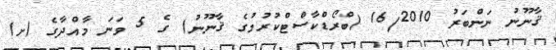
ޤާނޫނު ނަންބަރު 16/2010 (ބްރޯޑްކާސްޓްކުރުމުގެ ޤާނޫނު) ގެ 5 ވަނަ މާއްދާގެ (ށ)